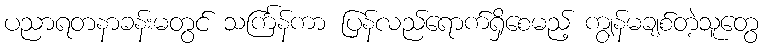
ပညာရတနာခန်းမတွင် သင်္ကြန်ကာ ပြန်လည်ရောက်ရှိစေမည့် ကျွန်မချစ်တဲ့သူတွေ